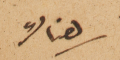
هناك